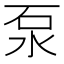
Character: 泵